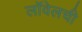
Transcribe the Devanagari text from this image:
लॉवेलची